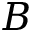
B